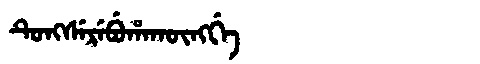
Manchu: ᡨᡠᠩᠰᡝᡵᡝᠪᡠᡥᠠᡴᡡᠩᡤᡝ
Romanization: TUNGSEREBUHAKŪNGGE